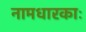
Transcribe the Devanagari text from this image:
नामधारकाः